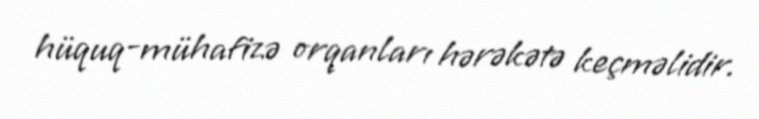
hüquq-mühafizə orqanları hərəkətə keçməlidir.